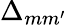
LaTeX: \Delta_{mm^{\prime}}